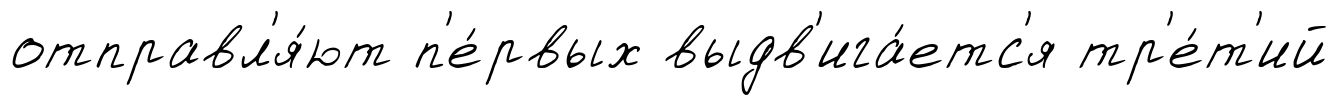
отправл'я́ют п'е́рвых выдв'ига́етс'я тр'е́т'ий